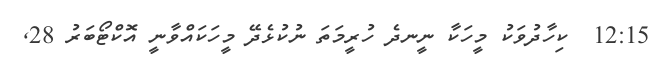
12:15  ކިހާދުވަކު މީހަކާ ނީނދެ ހުރީމަތަ ނުކުޅެދޭ މީހަކައްވާނީ އޮކްޓޯބަރު 28